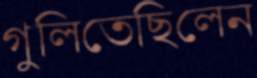
গুলিতেছিলেন